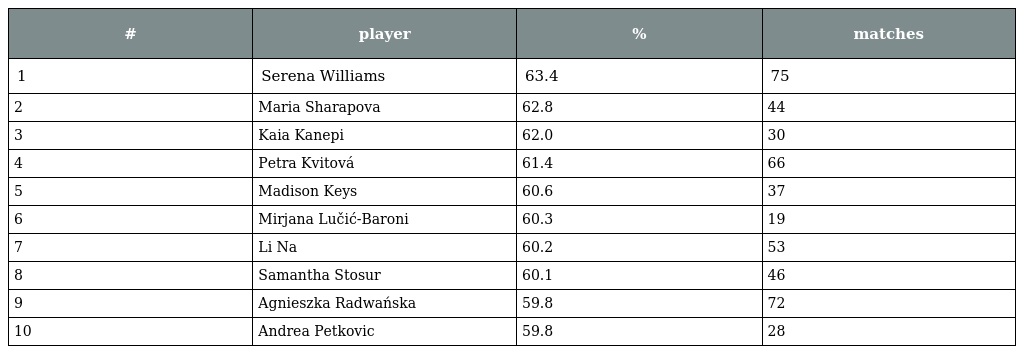
| # | player | % | matches |
 | --- | --- | --- | --- |
 | 1 | Serena Williams | 63.4 | 75 |
 | 2 | Maria Sharapova | 62.8 | 44 |
 | 3 | Kaia Kanepi | 62.0 | 30 |
 | 4 | Petra Kvitová | 61.4 | 66 |
 | 5 | Madison Keys | 60.6 | 37 |
 | 6 | Mirjana Lučić-Baroni | 60.3 | 19 |
 | 7 | Li Na | 60.2 | 53 |
 | 8 | Samantha Stosur | 60.1 | 46 |
 | 9 | Agnieszka Radwańska | 59.8 | 72 |
 | 10 | Andrea Petkovic | 59.8 | 28 |